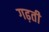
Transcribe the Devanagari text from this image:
गढ़ती